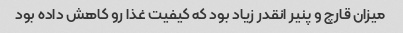
میزان قارچ و پنیر انقدر زیاد بود که کیفیت غذا رو کاهش داده بود